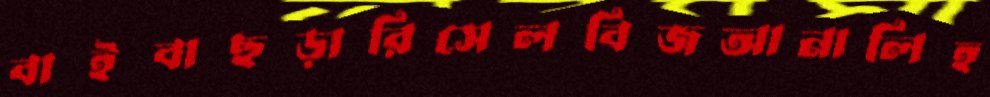
বাইবাছড়ারিসেলবিজআনালিহ